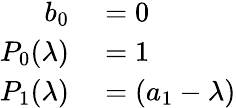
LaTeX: \begin{array}{rl}{b_{0}}&{{}=0}\\ {P_{0}(\lambda)}&{{}=1}\\ {P_{1}(\lambda)}&{{}=(a_{1}-\lambda)}\end{array}